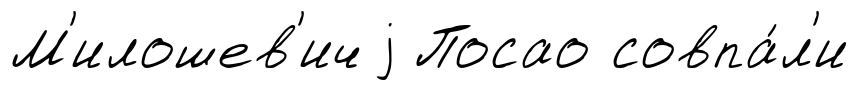
М'илошев'ич j Посао совпа́л'и